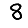
Digit: 8